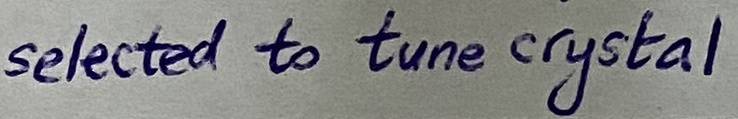
Text: selected to tune crystal